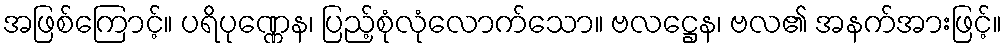
အဖြစ်ကြောင့်။ ပရိပုဏ္ဏေန၊ ပြည့်စုံလုံလောက်သော။ ဗလဋ္ဌေန၊ ဗလ၏ အနက်အားဖြင့်။